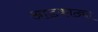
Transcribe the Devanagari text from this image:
आडकाठ्या